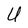
Character: U